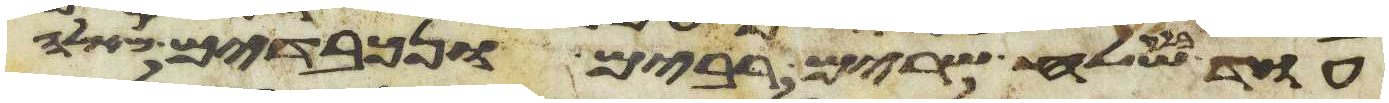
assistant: עוד בלק שלח שרים רבים ונכבדים מאלה